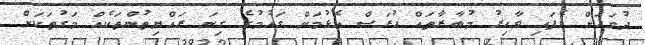
ދުވަހަށް ވެފައި ވާއިރު މުބާރާތައް ހުރަސް އެޅުމަށް ގައުމުގެ ގިނަ ރައްޔިތުންތަކެއް މަގުތަކަށް